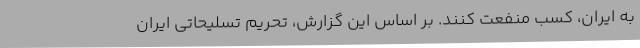
به ایران، کسب منفعت کنند. بر اساس این گزارش، تحریم تسلیحاتی ایران